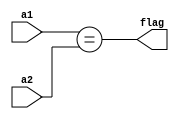
//4.56

module Code(flag, a1, a2);
input [3:0] a1, a2;
output flag; 

//assign flag = ((a1[3])^(a2[3]))&((a1[2])^(a2[2]))&((a1[1])^(a2[1]))&((a1[0])^(a2[0]));
assign flag = (a1 == a2);

endmodule